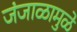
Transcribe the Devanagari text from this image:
जंजाळामुळे